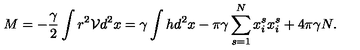
M = - \frac { \gamma } { 2 } \int r ^ { 2 } \mathcal { V } d ^ { 2 } x = \gamma \int h d ^ { 2 } x - \pi \gamma \sum _ { s = 1 } ^ { N } x _ { i } ^ { s } x _ { i } ^ { s } + 4 \pi \gamma N .